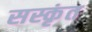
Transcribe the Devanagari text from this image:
सस्कृंत